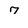
Character: 7